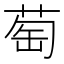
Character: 萄